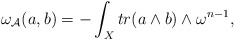
\begin{align*}\omega_{\mathcal{A}}(a,b)=-\int_{X}tr(a\wedge b)\wedge \omega^{n-1}, \end{align*}